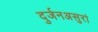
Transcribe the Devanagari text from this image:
दुर्जनअसुरां